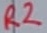
Text: R2